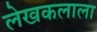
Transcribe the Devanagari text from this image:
लेखकलाला